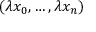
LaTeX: ( \lambda x _ { 0 } , \ldots , \lambda x _ { n } )